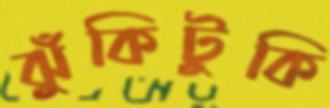
ঝুঁকিটুকি